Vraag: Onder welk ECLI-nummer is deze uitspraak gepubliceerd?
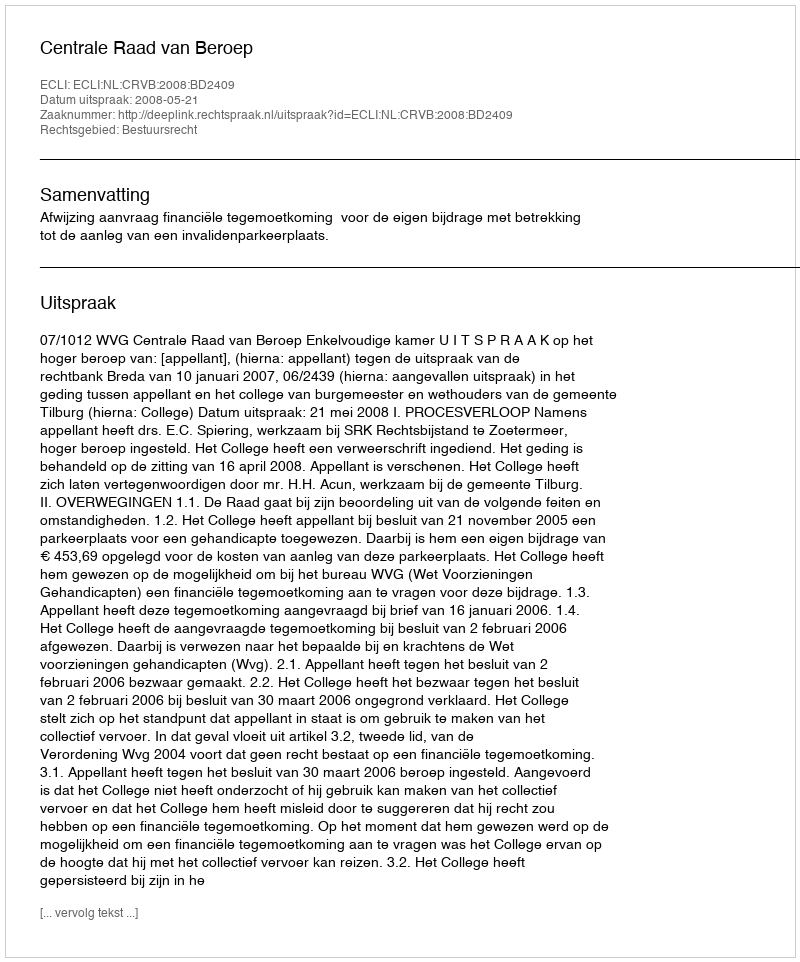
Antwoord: ECLI:NL:CRVB:2008:BD2409